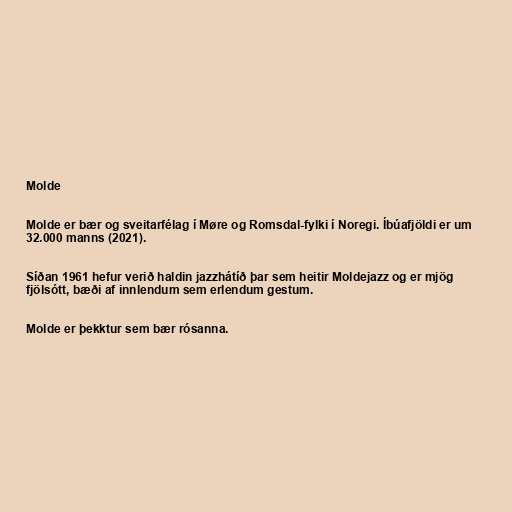
Molde

Molde er bær og sveitarfélag í Møre og Romsdal-fylki í Noregi. Íbúafjöldi er um
32.000 manns (2021).

Síðan 1961 hefur verið haldin jazzhátíð þar sem heitir Moldejazz og er mjög
fjölsótt, bæði af innlendum sem erlendum gestum.

Molde er þekktur sem bær rósanna.